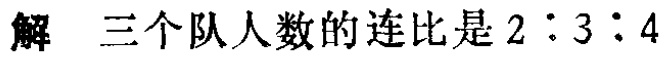
解 三个队人数的连比是 \(2:3:4\)